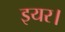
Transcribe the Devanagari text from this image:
इयर।